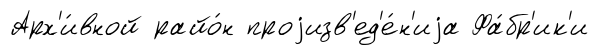
Арх'и́вной райо́н проjизв'ед'е́н'иjа Фа́бр'ик'и